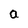
Character: a